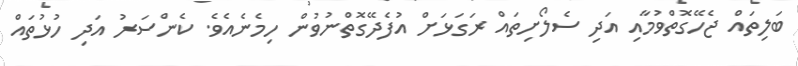
ބަލިތައް ޖެހޭގޮތްވުމާއި އަދި ސެލޯށިތައް ރަގަޅަށް އުފެދޭގޮތްނުވުން ހިމެނެއެވެ. ކެންސަރު އަދި ހުޅުތައް